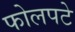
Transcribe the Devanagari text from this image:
फोलपटे